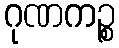
ဂုဏကဉ္စ